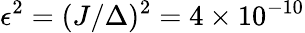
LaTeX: \epsilon^{2}=(J/\Delta)^{2}=4\times 10^{-10}